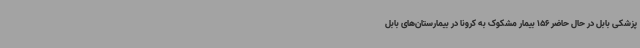
پزشکی بابل در حال حاضر 156 بیمار مشکوک به کرونا در بیمارستان‌های بابل